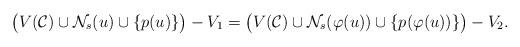
LaTeX: \begin{align*} \big(V({\cal C}) \cup {\cal N}_s(u) \cup \{p(u)\} \big)- V_1 = \big(V({\cal C}) \cup {\cal N}_s(\varphi(u)) \cup \{p(\varphi(u))\} \big)- V_2.\end{align*}